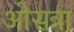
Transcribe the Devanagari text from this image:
ओसत्रा